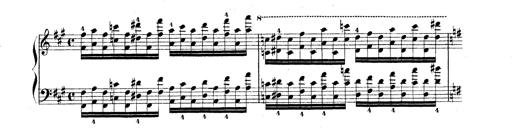
Title: Technische Studien
Composer: Franz Liszt